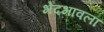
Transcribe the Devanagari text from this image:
भेदभावला